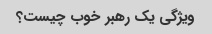
ویژگی یک رهبر خوب چیست؟